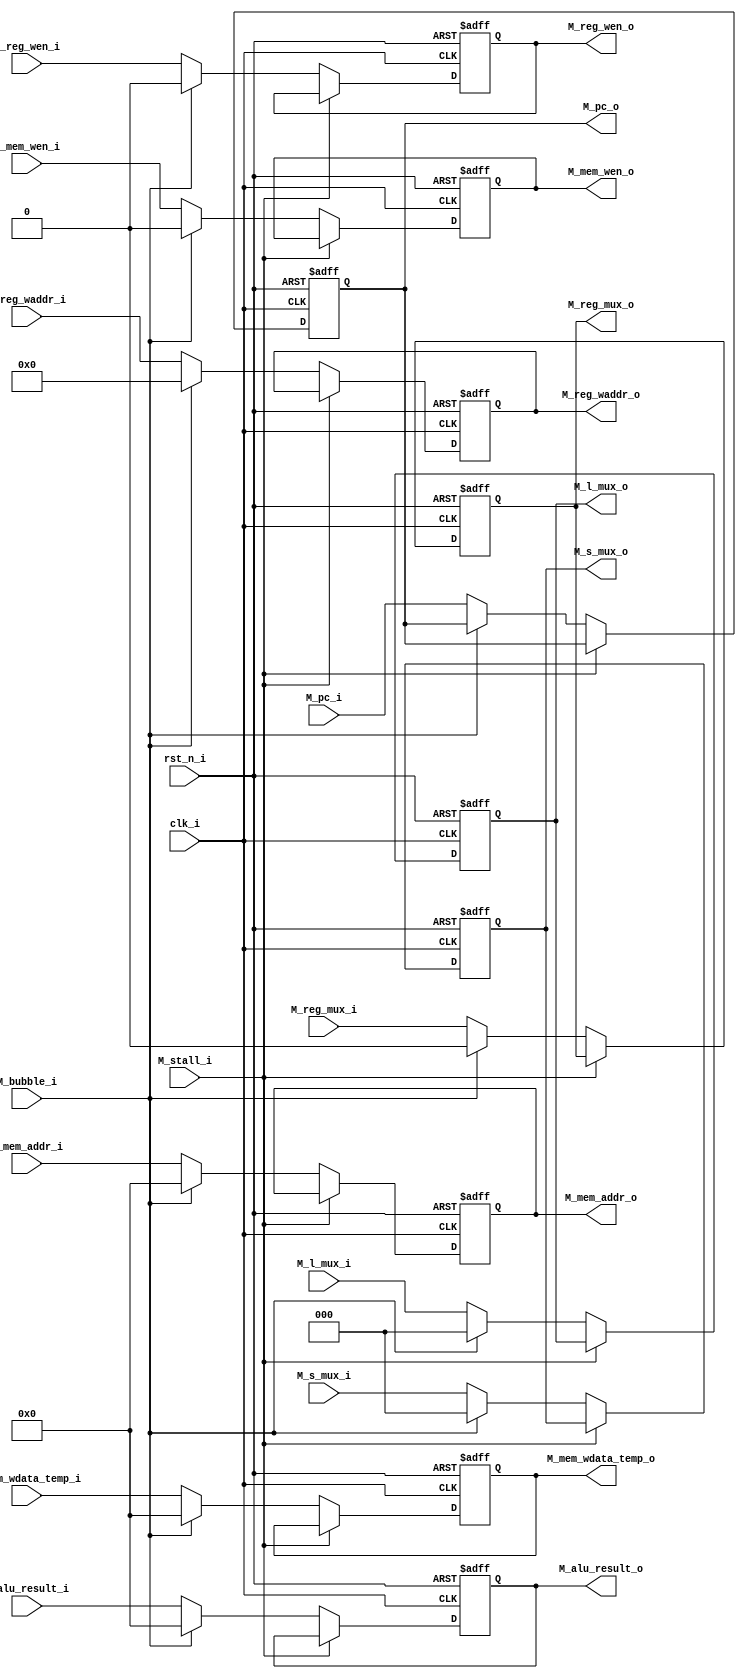
module pipe_M_reg(
    input               clk_i,
    input               rst_n_i,
    input               M_stall_i,
    input               M_bubble_i,
    input      [63:0]   M_pc_i, 
    output reg [63:0]   M_pc_o,
    input      [63:0]   M_alu_result_i,
    output reg [63:0]   M_alu_result_o,
    input               M_reg_wen_i,
    output reg          M_reg_wen_o,
    input               M_reg_mux_i,
    output reg          M_reg_mux_o,
    input      [4:0]    M_reg_waddr_i,
    output reg [4:0]    M_reg_waddr_o, 
    input               M_mem_wen_i,
    output reg          M_mem_wen_o,
    input      [63:0]   M_mem_wdata_temp_i,
    output reg [63:0]   M_mem_wdata_temp_o,
    input      [63:0]   M_mem_addr_i,
    output reg [63:0]   M_mem_addr_o,
    input      [2:0]    M_l_mux_i,
    output reg [2:0]    M_l_mux_o,
    input      [2:0]    M_s_mux_i,
    output reg [2:0]    M_s_mux_o
);

    wire [63:0] M_pc_next;
    wire [63:0] M_alu_result_next;
    wire        M_reg_wen_next;
    wire        M_reg_mux_next;
    wire [4:0]  M_reg_waddr_next;
    wire        M_mem_wen_next;
    wire [63:0] M_mem_wdata_temp_next;
    wire [63:0] M_mem_addr_next;
    wire [2:0]  M_l_mux_next;
    wire [2:0]  M_s_mux_next;         

    assign M_pc_next = (M_stall_i) ? M_pc_o :
                       (M_bubble_i) ? M_pc_o :
                        M_pc_i;
    
    assign M_alu_result_next = (M_stall_i) ? M_alu_result_o :
                               (M_bubble_i) ? 64'b0 :
                               M_alu_result_i;
    
    assign M_reg_wen_next = (M_stall_i) ? M_reg_wen_o :
                            (M_bubble_i) ? 1'b0 :
                            M_reg_wen_i;
    
    assign M_reg_mux_next = (M_stall_i) ? M_reg_mux_o :
                            (M_bubble_i) ? 1'b0 :
                            M_reg_mux_i;
    
    assign M_reg_waddr_next = (M_stall_i) ? M_reg_waddr_o :
                              (M_bubble_i) ? 5'b0 :
                              M_reg_waddr_i;
    
    assign M_mem_wen_next = (M_stall_i) ? M_mem_wen_o :
                            (M_bubble_i) ? 1'b0 :
                            M_mem_wen_i;
    
    assign M_mem_wdata_temp_next = (M_stall_i) ? M_mem_wdata_temp_o :
                                   (M_bubble_i) ? 64'b0 :
                                   M_mem_wdata_temp_i;
    
    assign M_mem_addr_next = (M_stall_i) ? M_mem_addr_o :
                             (M_bubble_i) ? 64'b0 :
                             M_mem_addr_i;
    
    assign M_l_mux_next = (M_stall_i) ? M_l_mux_o :
                          (M_bubble_i) ? 3'b0 :
                          M_l_mux_i;
    
    assign M_s_mux_next = (M_stall_i) ? M_s_mux_o :
                          (M_bubble_i) ? 3'b0 :
                          M_s_mux_i;

    always@(posedge clk_i or negedge rst_n_i)begin
        if(~rst_n_i)begin
            M_pc_o <= 64'b0;             
            M_alu_result_o <= 64'b0;
            M_reg_wen_o <= 1'b0;
            M_reg_mux_o <= 1'b0;
            M_reg_waddr_o <= 5'b0;
            M_mem_wen_o <= 1'b0;
            M_mem_wdata_temp_o <= 64'b0;
            M_mem_addr_o <= 64'b0;
            M_l_mux_o <= 3'b0;
            M_s_mux_o <= 3'b0;         
        end
        else begin
            M_pc_o <= M_pc_next;             
            M_alu_result_o <= M_alu_result_next;
            M_reg_wen_o <= M_reg_wen_next;
            M_reg_mux_o <= M_reg_mux_next;
            M_reg_waddr_o <= M_reg_waddr_next;
            M_mem_wen_o <= M_mem_wen_next;
            M_mem_wdata_temp_o <= M_mem_wdata_temp_next;
            M_mem_addr_o <= M_mem_addr_next;
            M_l_mux_o <= M_l_mux_next;
            M_s_mux_o <= M_s_mux_next;         
        end
    end

endmodule